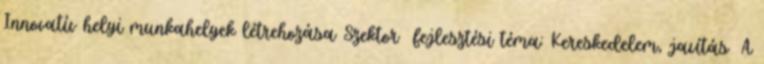
Innovatív helyi munkahelyek létrehozása Szektor fejlesztési téma: Kereskedelem, javítás ▪A